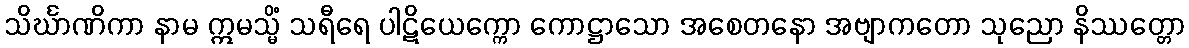
သိင်္ဃာဏိကာ နာမ ဣမသ္မိံ သရီရေ ပါဋိယေက္ကော ကောဋ္ဌာသော အစေတနော အဗျာကတော သုညော နိဿတ္တော